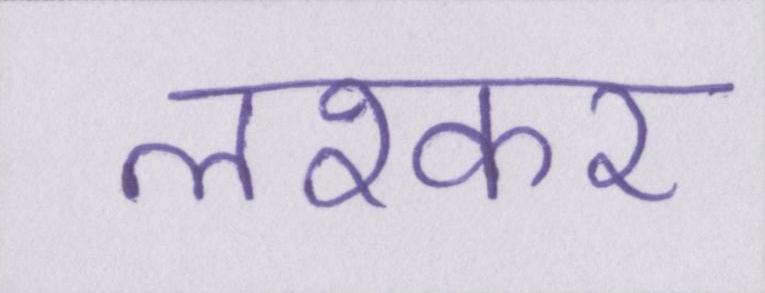
लश्कर